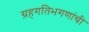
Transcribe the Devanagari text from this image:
ग्रहगतिभगणांची